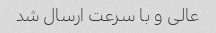
عالی و با سرعت ارسال شد